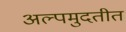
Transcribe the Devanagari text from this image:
अल्पमुदतीत